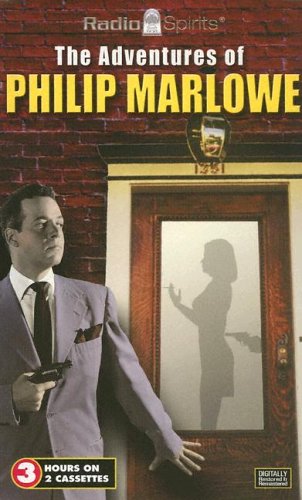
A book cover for Adventures of Philip Marlowe (Six Classic Episodes); Raymond Chandler; Humor & Entertainment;